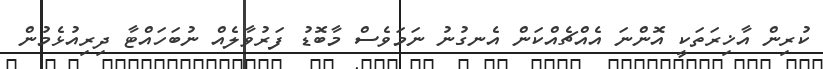
ކުރިން އާޚިރަތަކީ އޮންނަ އެއްޗެއްކަން އެނގުނު ނަމަވެސް މާބޮޑު ފަރުވާލެއް ނުބަހައްޓާ ދިރިއުޅެމުން